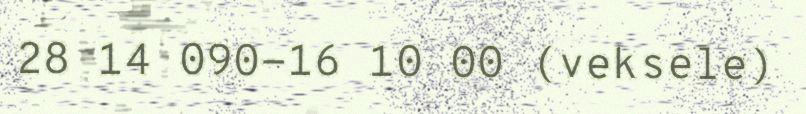
28 14 090-16 10 00 (veksele)